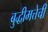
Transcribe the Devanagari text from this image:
बुद्धीमत्तेची